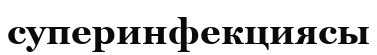
суперинфекциясы